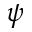
\psi